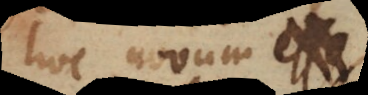
hoc novum esse.